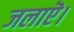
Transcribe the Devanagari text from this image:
जलाऎ।